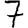
Digit: 7